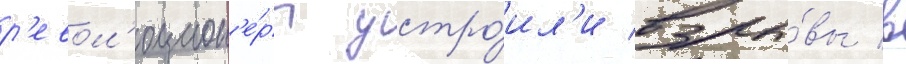
р'евол'юцион'е́ры устро́ил'и взры́вы в